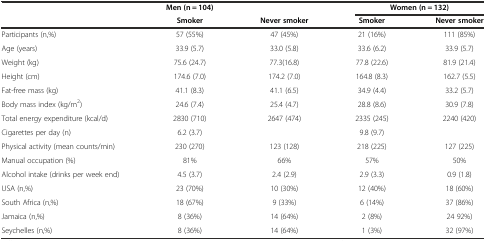
|  | Men (n = 104) |  | <COLSPAN=2> Women (n = 132) |
 |  | Smoker | Never smoker | Smoker | Never smoker |
 | --- | --- | --- | --- | --- |
 | Participants (n,%) | 57 (55%) | 47 (45%) | 21 (16%) | 111 (85%) |
 | Age (years) | 33.9 (5.7) | 33.0 (5.8) | 33.6 (6.2) | 33.9 (5.7) |
 | Weight (kg) | 75.6 (24.7) | 77.3(16.8) | 77.8 (22.6) | 81.9 (21.4) |
 | Height (cm) | 174.6 (7.0) | 174.2 (7.0) | 164.8 (8.3) | 162.7 (5.5) |
 | Fat-free mass (kg) | 41.1 (8.3) | 41.1 (6.5) | 34.9 (4.4) | 33.2 (5.7) |
 | Body mass index (kg/m2) | 24.6 (7.4) | 25.4 (4.7) | 28.8 (8.6) | 30.9 (7.8) |
 | Total energy expenditure (kcal/d) | 2830 (710) | 2647 (474) | 2335 (245) | 2240 (420) |
 | Cigarettes per day (n) | 6.2 (3.7) |  | 9.8 (9.7) |  |
 | Physical activity (mean counts/min) | 230 (270) | 123 (128) | 218 (225) | 127 (225) |
 | Manual occupation (%) | 81% | 66% | 57% | 50% |
 | Alcohol intake (drinks per week end) | 4.5 (3.7) | 2.4 (2.9) | 2.9 (3.3) | 0.9 (1.8) |
 | USA (n,%) | 23 (70%) | 10 (30%) | 12 (40%) | 18 (60%) |
 | South Africa (n,%) | 18 (67%) | 9 (33%) | 6 (14%) | 37 (86%) |
 | Jamaica (n,%) | 8 (36%) | 14 (64%) | 2 (8%) | 24 92%) |
 | Seychelles (n,%) | 8 (36%) | 14 (64%) | 1 (3%) | 32 (97%) |